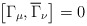
\begin{align*}\left[ \Gamma _\mu ,\overline{\Gamma }_\nu \right] =0 \end{align*}